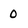
Character: 0